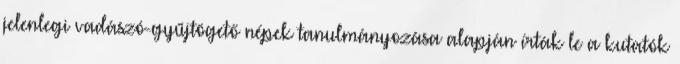
jelenlegi vadászó-gyűjtögető népek tanulmányozása alapján írták le a kutatók